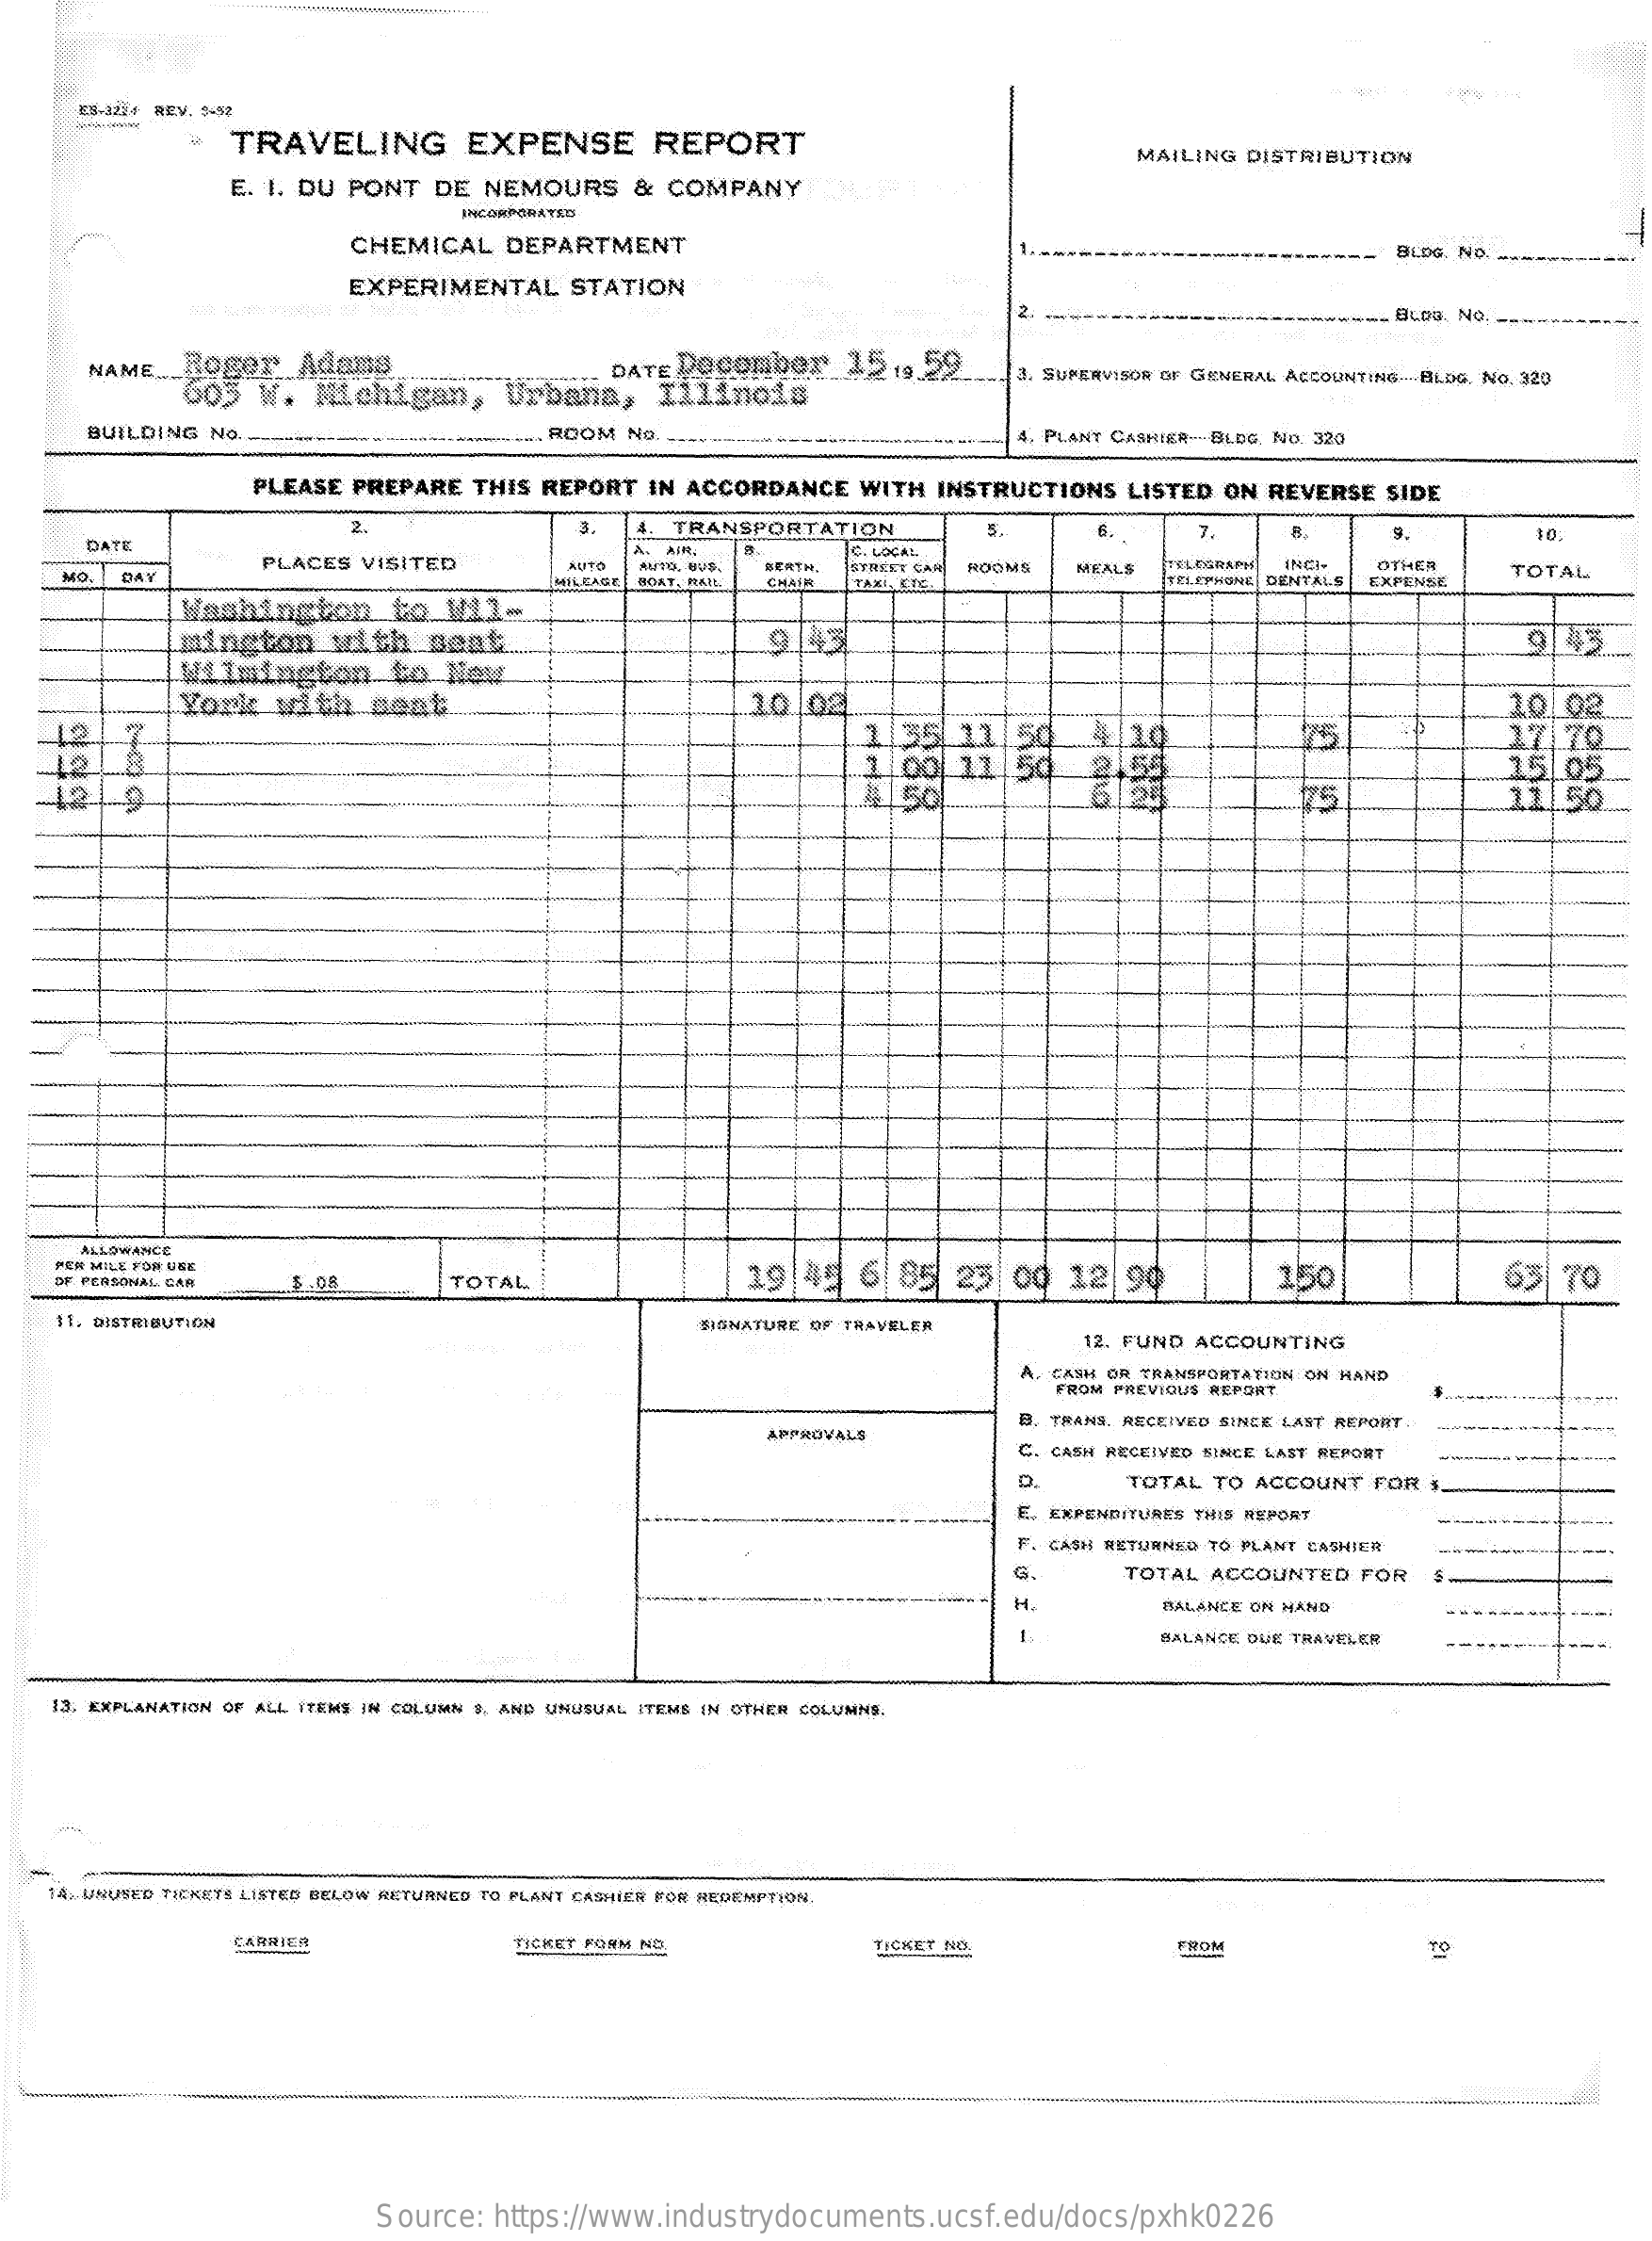
55-3224 REV. 5-52
     TRAVELING    EXPENSE   REPORT
     MAILING DISTRIBUTION
     E. I. DU PONT DE NEMOURS & COMPANY
     INCORPORATED
     CHEMICAL DEPARTMENT    BLDG. No.
     EXPERIMENTAL STATION
     BLOG NO. --
     NAME_ _ Roger Adams    DATE Docomber 15 .9.59
     605 W.  Michigan,  Urb "Urbana, Illinois
     3. SUPERVISOR OF GENERAL ACCOUNTING- BLOG, No. 320
     BUILDING No.    EL ROOM No.    4. PLANT CASHIER-BLDG, No. 320
     PLEASE PREPARE THIS REPORT IN ACCORDANCE WITH INSTRUCTIONS LISTED ON REVERSE SIDE
     2.    TRANSPORTATION    5.    7.
     DATE
     PLACES VISITED
     C. LOCAL
    MO.
     AUTO SAITO, BUS. BERTH. STREET CAR ROOMS    TOTAL DAY MEALS TEL OGRAPH INGI. OTHER
     MILEAGE BOAT, RAIL CHAFR TAKI. CIC. TELEPHONE DENTALS EXPENSE
     Washington  to  W11-
     mington  with_Beat    9143
     Wilmington  to Now
     9.45
     York with  meat    10.02 ..
     and
   12
   12
     1.35  11.50
     1 00  11|50
     4.19    75
     10.02
     17  70
     15.05.
   -124.9    75    11.50.
     ALLOWANCE
    PER MILE FOR DEE
     19  45 6 85  23 00 12  99    150    63 70 DF PERSONAL GAR $.08 TOTAL
    $1, DISTRIBUTION    SIGNATURE OF TRAVELER
     12. FUND ACCOUNTING
     A. CASH OR TRANSPORTATION ON HAND
     FROM PREVIOUS REPORT.
     APPROVALS
     TRANS, RECEIVED SINCE LAST REPORT
     C. CASH RECEIVED SINCE LAST REPORT
     D.    TOTAL TO ACCOUNT FOR
     E. EXPENDITURES THIS REPORT
     F. CASH RETURNED TO PLANT CASHIER
     G.    TOTAL ACCOUNTED FOR
     H.    BALANCE ON HAND
     BALANCE DUE TRAVELER
    13. EXPLANATION OF ALL ITEMS IN COLUMN $. AND UNUSUAL ITEMS IN OTHER COLUMNS.
  -
   14. UNUSED TICKETS LISTED BELOW RETURNED TO PLANT CASHIER FOR REDEMPTION.
     CARRIER    TICKET FORM ND.    TICKET NO.    TO
     Source: https://www.industrydocuments.ucsf.edu/docs/pxhk0226